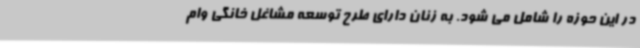
در این حوزه را شامل می شود. به زنان دارای طرح توسعه مشاغل خانگی وام